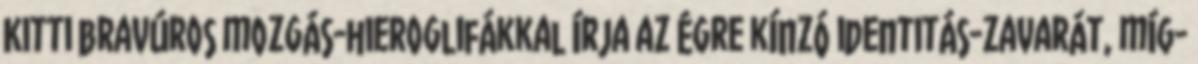
Kitti bravúros mozgás-hieroglifákkal írja az égre kínzó identitás-zavarát, míg-